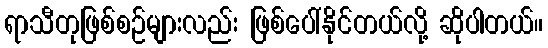
ရာသီတုဖြစ်စဉ်များလည်း ဖြစ်ပေါ်နိုင်တယ်လို့ ဆိုပါတယ်။